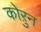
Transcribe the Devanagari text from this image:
कोऱुन